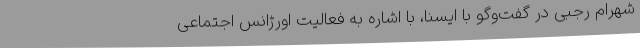
شهرام رجبی در گفت‌وگو با ایسنا، با اشاره به فعالیت اورژانس اجتماعی